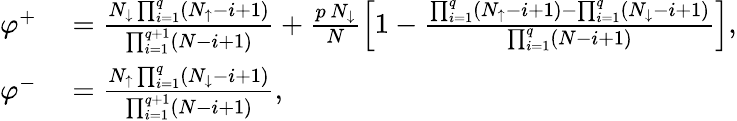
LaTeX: \begin{array}{rl}{\varphi^{+}}&{{}=\frac{N_{\downarrow}\prod_{i=1}^{q}\left(N_{\uparrow}-i+1\right)}{\prod_{i=1}^{q+1}\left(N-i+1\right)}+\frac{p\, N_{\downarrow}}{N}\left[1-\frac{\prod_{i=1}^{q}\left(N_{\uparrow}-i+1\right)-\prod_{i=1}^{q}\left(N_{\downarrow}-i+1\right)}{\prod_{i=1}^{q}\left(N-i+1\right)}\right],}\\ {\varphi^{-}}&{{}=\frac{N_{\uparrow}\prod_{i=1}^{q}\left(N_{\downarrow}-i+1\right)}{\prod_{i=1}^{q+1}\left(N-i+1\right)},}\end{array}